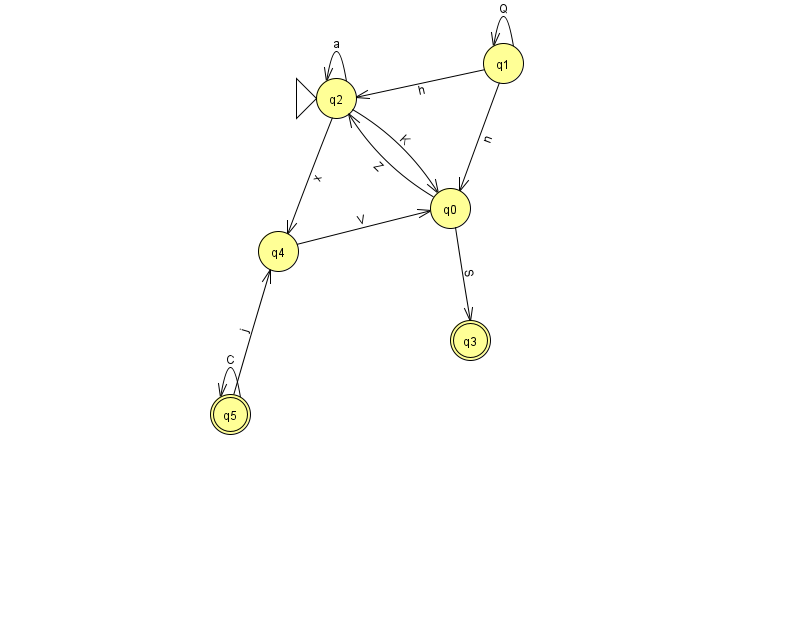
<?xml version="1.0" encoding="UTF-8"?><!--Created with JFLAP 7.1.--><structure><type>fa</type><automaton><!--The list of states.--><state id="0" name="q0"><x>450.0</x><y>195.0</y></state><state id="1" name="q1"><x>503.0</x><y>50.0</y></state><state id="2" name="q2"><x>336.0</x><y>85.0</y><initial/></state><state id="3" name="q3"><x>470.0</x><y>327.0</y><final/></state><state id="4" name="q4"><x>278.0</x><y>238.0</y></state><state id="5" name="q5"><x>230.0</x><y>401.0</y><final/></state><!--The list of transitions.--><transition><from>1</from><to>0</to><read>n</read></transition><transition><from>1</from><to>1</to><read>Q</read></transition><transition><from>2</from><to>2</to><read>a</read></transition><transition><from>2</from><to>0</to><read>K</read></transition><transition><from>0</from><to>2</to><read>Z</read></transition><transition><from>5</from><to>5</to><read>C</read></transition><transition><from>0</from><to>3</to><read>S</read></transition><transition><from>2</from><to>4</to><read>x</read></transition><transition><from>5</from><to>4</to><read>j</read></transition><transition><from>1</from><to>2</to><read>h</read></transition><transition><from>4</from><to>0</to><read>V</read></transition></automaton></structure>